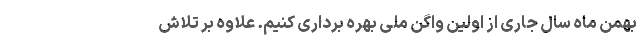
بهمن ماه سال جاری از اولین واگن ملی بهره برداری کنیم. علاوه بر تلاش